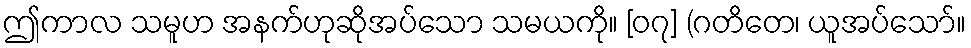
ဤကာလ သမူဟ အနက်ဟုဆိုအပ်သော သမယကို။ [၀၇] (ဂတိတေ၊ ယူအပ်သော်။